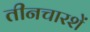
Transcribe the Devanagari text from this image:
तीनचारशें